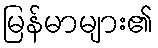
မြန်မာများ၏